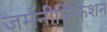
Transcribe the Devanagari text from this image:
जर्मनीफिकेशन